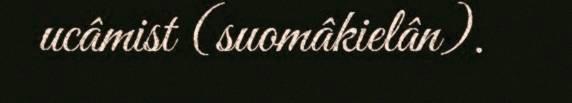
ucâmist (suomâkielân).